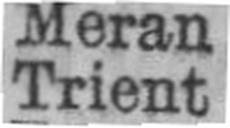
Trient